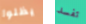
يظلوا تفسد